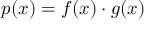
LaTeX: p ( x ) = f ( x ) \cdot g ( x )